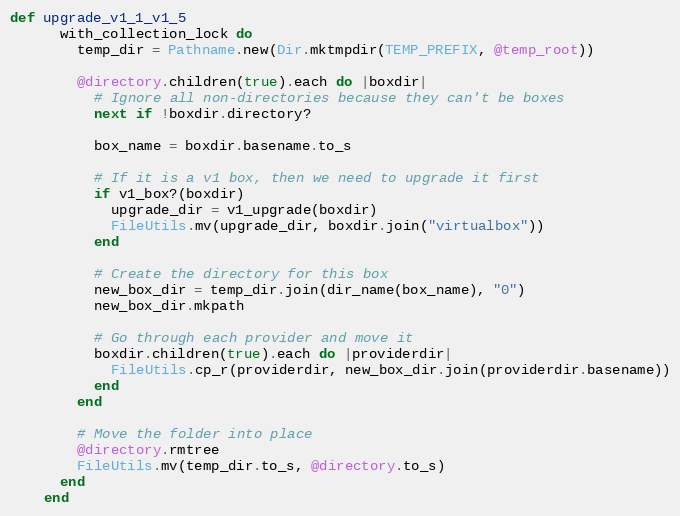
Language: Ruby
def upgrade_v1_1_v1_5
      with_collection_lock do
        temp_dir = Pathname.new(Dir.mktmpdir(TEMP_PREFIX, @temp_root))

        @directory.children(true).each do |boxdir|
          # Ignore all non-directories because they can't be boxes
          next if !boxdir.directory?

          box_name = boxdir.basename.to_s

          # If it is a v1 box, then we need to upgrade it first
          if v1_box?(boxdir)
            upgrade_dir = v1_upgrade(boxdir)
            FileUtils.mv(upgrade_dir, boxdir.join("virtualbox"))
          end

          # Create the directory for this box
          new_box_dir = temp_dir.join(dir_name(box_name), "0")
          new_box_dir.mkpath

          # Go through each provider and move it
          boxdir.children(true).each do |providerdir|
            FileUtils.cp_r(providerdir, new_box_dir.join(providerdir.basename))
          end
        end

        # Move the folder into place
        @directory.rmtree
        FileUtils.mv(temp_dir.to_s, @directory.to_s)
      end
    end